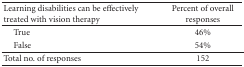
<table><thead><tr><td><b> Learning disabilities can be effectively treated with vision therapy</b></td><td><b>Percent of overall responses</b></td></tr></thead><tbody><tr><td> True</td><td>46%</td></tr><tr><td> False</td><td>54%</td></tr><tr><td>Total no. of responses</td><td>152</td></tr></tbody></table>